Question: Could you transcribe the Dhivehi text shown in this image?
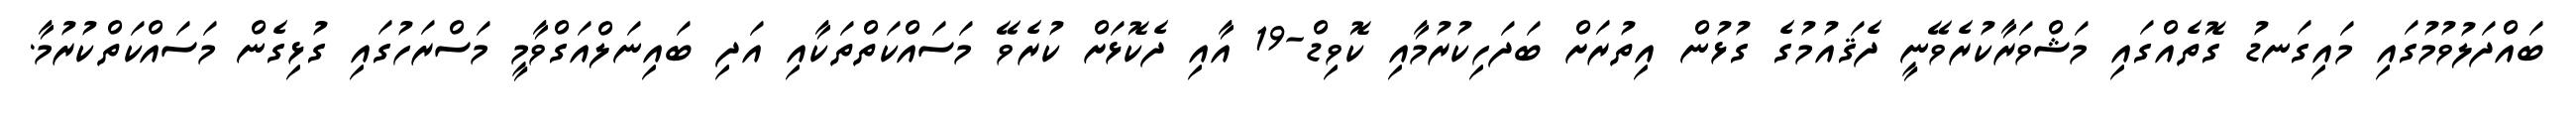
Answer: ބައްދަލުވުމުގައި މައިގަނޑު ގޮތެއްގައި މަޝްވަރާކުރެވޭނީ ދެޤައުމުގެ ގުޅުން އިތުރަށް ބަދަހިކުރުމާއި ކޮވިޑް-19 އާއި ދެކޮޅަށް ކުރެވޭ މަސައްކަތްތަކާއި އަދި ބައިނަލްއަގްވާމީ މަސްރަހުގައި ގުޅިގެން މަސައްކަތްކުރުމާ.